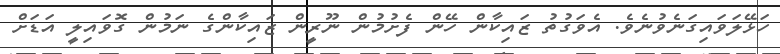
ހަޅޭލަވައިގަނެވުނެވެ. އެވަގުތު ޒައިކާން ހޭން ފެށުމުން ނޫރީން ޒައިކާންގެ ނަމުން ގޮވައިލީ އަޑަށް